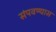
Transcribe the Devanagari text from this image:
संपवण्यास